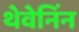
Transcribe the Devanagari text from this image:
थेवेनिंन